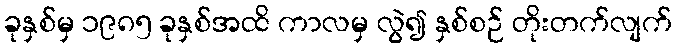
ခုနှစ်မှ ၁၉၈၅ ခုနှစ်အထိ ကာလမှ လွဲ၍ နှစ်စဉ် တိုးတက်လျက်